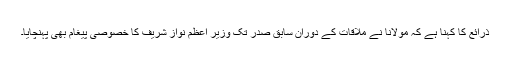
ذرائع کا کہنا ہے کہ مولانا نے ملاقات کے دوران سابق صدر تک وزیر اعظم نواز شریف کا خصوصی پیغام بھی پہنچایا۔